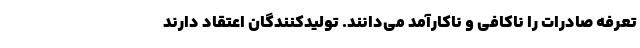
تعرفه صادرات را ناکافی و ناکارآمد می‌دانند. تولیدکنندگان اعتقاد دارند